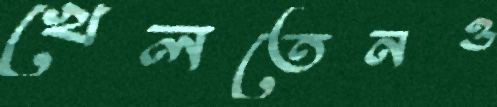
খেলতেনও